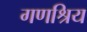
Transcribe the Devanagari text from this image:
गणश्रिय